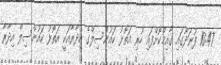
10:47 ފުނަދޫގައި ގާއިމްކޮށްފައި ހުރި އަތޮޅު ކައުންސިލްގެ އިދާރާއަކީ އަތޮޅު ކައުންސިލް އިދާރާ